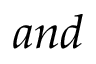
a n d